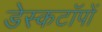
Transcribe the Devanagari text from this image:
डेस्कटॉपों